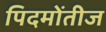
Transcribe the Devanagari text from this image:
पिदमोंतीज